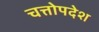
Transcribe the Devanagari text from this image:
चत्तोपदेश